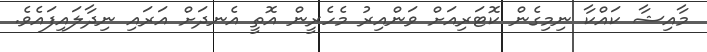
މާއިޝާ ކައްކާ ނިމިގެން ކޮޓަރިއަށް ވަންއިރު މެހެރީން އޮތީ އެނދަށް އަރައި ނިދާލައިފައެވެ.